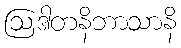
ဩဒါတနိဘာသာနိ